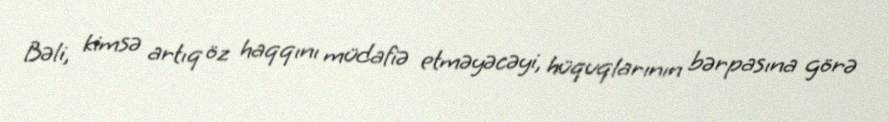
Bəli, kimsə artıq öz haqqını müdafiə etməyəcəyi, hüquqlarının bərpasına görə